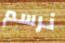
نرسم